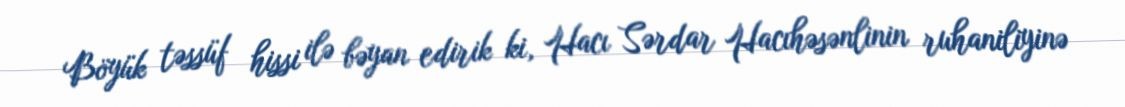
Böyük təssüf hissi ilə bəyan edirik ki, Hacı Sərdar Hacıhəsənlinin ruhaniliyinə